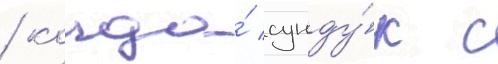
/ когда́ сунду́к с